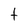
Character: t